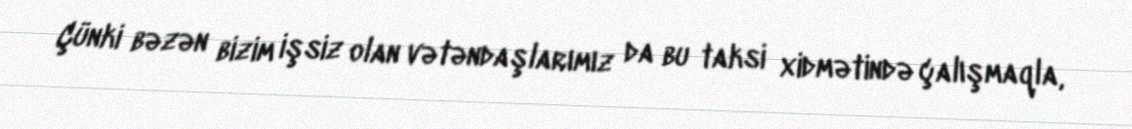
Çünki bəzən bizim işsiz olan vətəndaşlarımız da bu taksi xidmətində çalışmaqla,